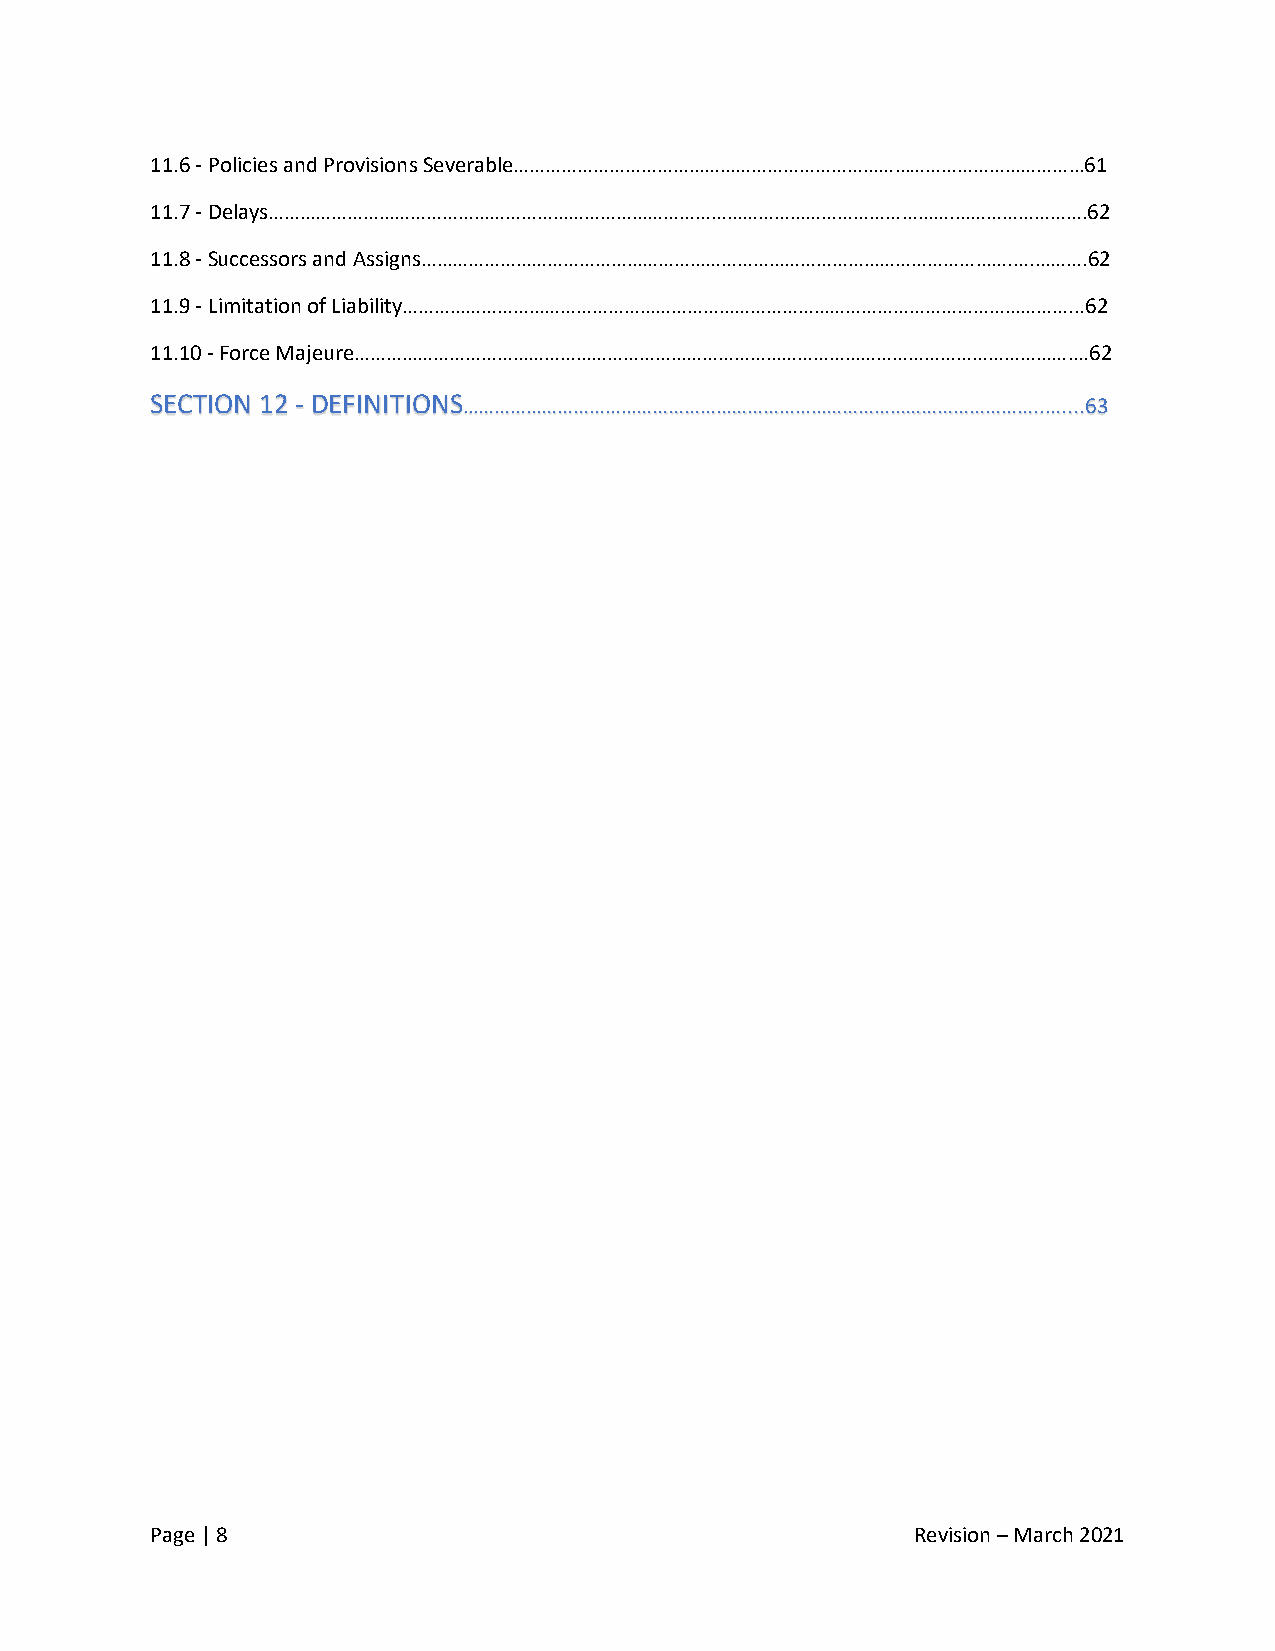
11.6 - Policies and Provisions Severable………………………………………………………………………………………………61
 11.7 - Delays………………………………………………………………………………………………………………….…………………….62
 11.8 - Successors and Assigns………………………………………………………………………………………………….….……….62
 11.9 - Limitation of Liability………………………………………………………………………………………………………………...62
 11.10 - Force Majeure………………………………………………………………………………………………………………………….62
 SECTION 12 - DEFINITIONS……………………………………………………………………………………………….........63
 Page | 8                                           Revision – March 2021